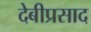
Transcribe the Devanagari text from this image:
देबीप्रसाद